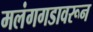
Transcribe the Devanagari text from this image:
मलंगगडावरून